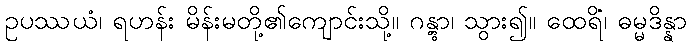
ဥပဿယံ၊ ရဟန်း မိန်းမတို့၏ကျောင်းသို့။ ဂန္တွာ၊ သွား၍။ ထေရိံ၊ ဓမ္မဒိန္နာ